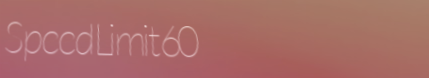
SpeedLimit60